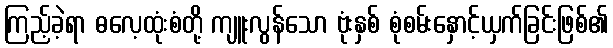
ကြည့်ခဲ့ရာ ဓလေ့ထုံးစံတို့ ကျူးလွန်သော ဗုံးနှစ် စုံစမ်းနှောင့်ယှက်ခြင်းဖြစ်၏